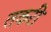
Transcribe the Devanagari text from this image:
तकरी